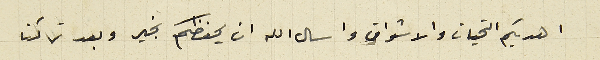
اهديكم التحيات والاشواق واسال الله ان يحفظكم بخير وبعد تركنا